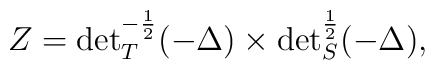
Z={\det }^{-\frac 12}_{T}(-\Delta ) \times {\det }_S^{\frac 12} (-\Delta ),